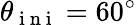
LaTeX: \theta_{\mathrm{~i~n~i~}}=60^{\circ}